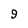
Character: 9